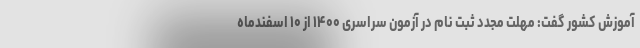
آموزش کشور گفت: مهلت مجدد ثبت نام در آزمون سراسری ۱۴۰۰ از ۱۰ اسفندماه